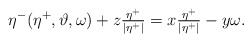
\begin{align*}\eta^-(\eta^+,\vartheta,\omega)+z\tfrac{\eta^+}{|\eta^+|}= x\tfrac{\eta^+}{|\eta^+|} - y\omega .\end{align*}